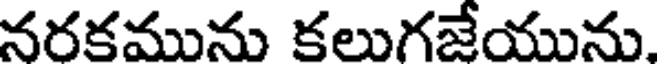
నరకమును కలుగజేయును.